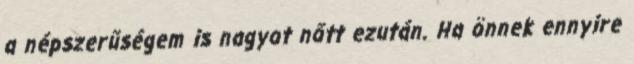
a népszerűségem is nagyot nőtt ezután. Ha önnek ennyire